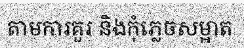
តាមការគួរ និងកុំភ្លេចសម្អាត